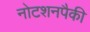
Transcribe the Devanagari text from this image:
नोटशनपैकी